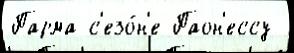
Парма с'езо́н'е Паон'ессу